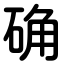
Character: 确